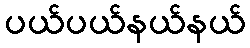
ပယ်ပယ်နယ်နယ်